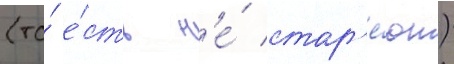
(то́ е́сть н'е́ стар'е́ют)